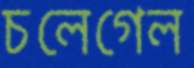
চলেগেল